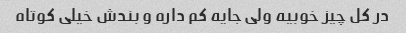
در کل چیز خوبیه ولی جایه کم داره و بندش خیلی کوتاه